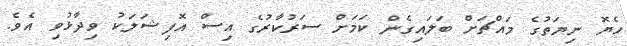
ހެޔޮ ނިޔަތުގެ މައްޗަށް ބަލައިގެން ކަމަށް ސަރުކާރުގެ އިސް އޮފިޝަލަކު ވިދާޅުވި އެވެ.